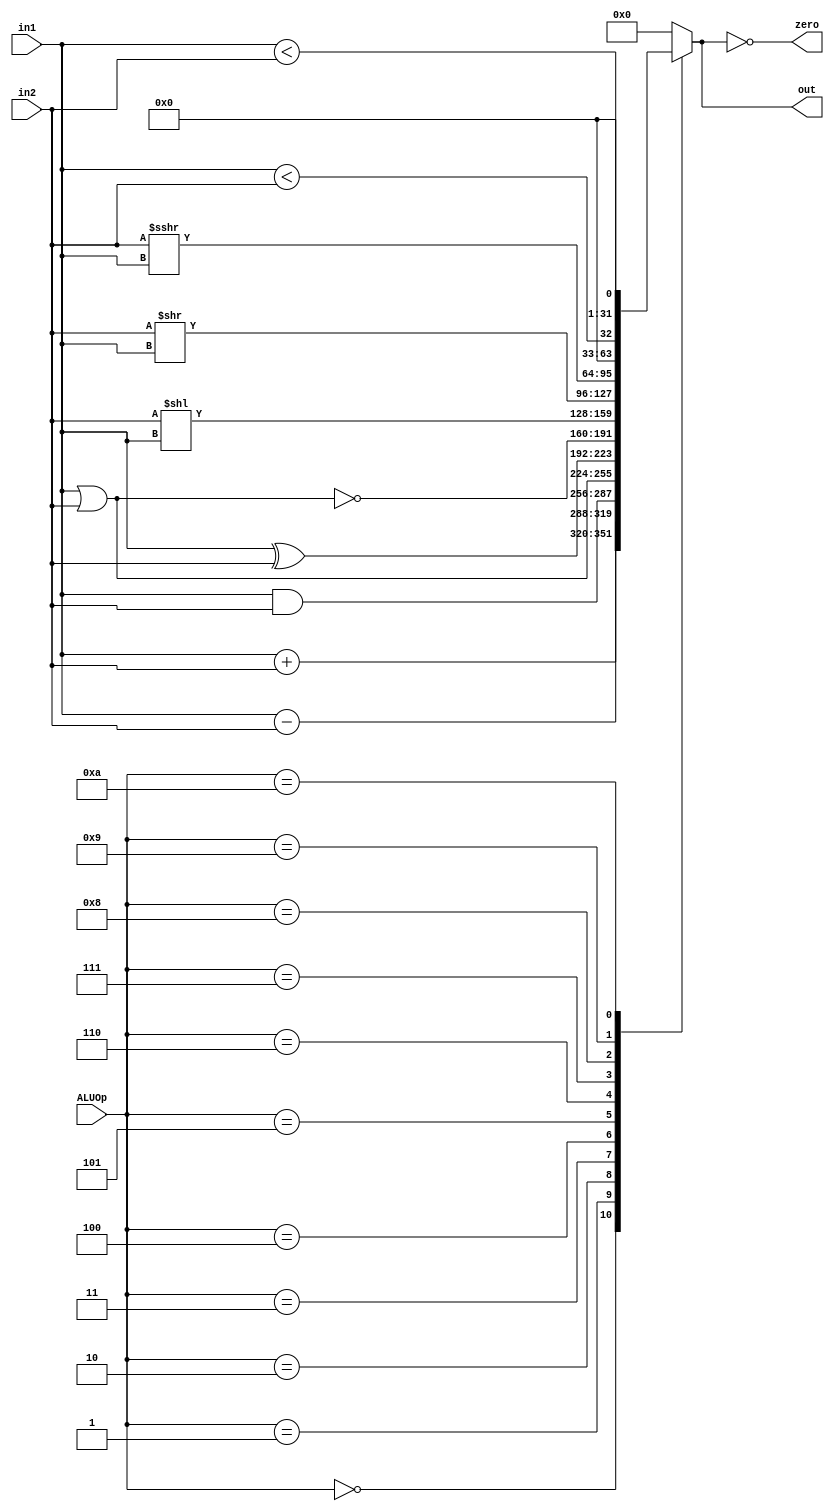
module ALU(in1, in2, ALUOp, out, zero);
    input [31:0] in1, in2;
    input [3:0] ALUOp;
    output reg [31:0] out;
    output zero;

    parameter ADD_OP=4'h0; // add
    parameter SUB_OP=4'h1; // sub
    parameter AND_OP=4'h2; // and
    parameter OR_OP=4'h3;  // or
    parameter XOR_OP=4'h4; // xor
    parameter NOR_OP=4'h5; // nor
    parameter SLL_OP=4'h6; // sll
    parameter SRL_OP=4'h7; // srl
    parameter SRA_OP=4'h8; // sra
    parameter U_CMP_OP=4'h9; // unsigned compare
    parameter S_CMP_OP=4'ha; // signed compare

    always @(*) begin
        case(ALUOp)
            ADD_OP: out<=in1+in2;
            SUB_OP: out<=in1-in2;
            AND_OP: out<=in1&in2;
            OR_OP: out<=in1|in2;
            XOR_OP: out<=in1^in2;
            NOR_OP: out<=~(in1|in2);
            SLL_OP: out<=in2<<in1;
            SRL_OP: out<=in2>>in1;
            SRA_OP: out<=$signed(in2)>>>in1;
            U_CMP_OP: out<=in1<in2;
            S_CMP_OP: out<= $signed(in1)<$signed(in2);
            default: out<=0;
        endcase
    end

    assign zero=(out==0);

endmodule